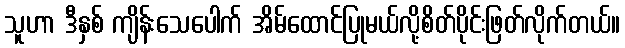
သူဟာ ဒီနှစ် ကျိန်းသေပေါက် အိမ်ထောင်ပြုမယ်လို့စိတ်ပိုင်းဖြတ်လိုက်တယ်။